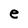
Character: e